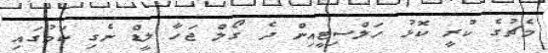
މެޗުގެ ކުރީ ކޮޅު ހަލްސިޓީއިން ދެ ގޯލް ޖަހާ ލީޑް ނެގި ކަމުގައި